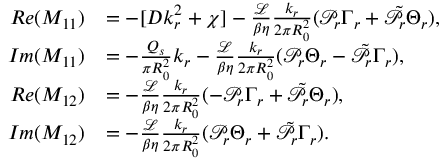
\begin{array} { r l } { R e ( M _ { 1 1 } ) } & { = - [ D k _ { r } ^ { 2 } + \chi ] - \frac { \mathcal { L } } { \beta \eta } \frac { k _ { r } } { 2 \pi R _ { 0 } ^ { 2 } } ( \mathcal { P } _ { r } \Gamma _ { r } + \tilde { \mathcal { P } } _ { r } \Theta _ { r } ) , } \\ { I m ( M _ { 1 1 } ) } & { = - \frac { Q _ { s } } { \pi R _ { 0 } ^ { 2 } } k _ { r } - \frac { \mathcal { L } } { \beta \eta } \frac { k _ { r } } { 2 \pi R _ { 0 } ^ { 2 } } ( \mathcal { P } _ { r } \Theta _ { r } - \tilde { \mathcal { P } } _ { r } \Gamma _ { r } ) , } \\ { R e ( M _ { 1 2 } ) } & { = - \frac { \mathcal { L } } { \beta \eta } \frac { k _ { r } } { 2 \pi R _ { 0 } ^ { 2 } } ( - \mathcal { P } _ { r } \Gamma _ { r } + \tilde { \mathcal { P } } _ { r } \Theta _ { r } ) , } \\ { I m ( M _ { 1 2 } ) } & { = - \frac { \mathcal { L } } { \beta \eta } \frac { k _ { r } } { 2 \pi R _ { 0 } ^ { 2 } } ( \mathcal { P } _ { r } \Theta _ { r } + \tilde { \mathcal { P } } _ { r } \Gamma _ { r } ) . } \end{array}